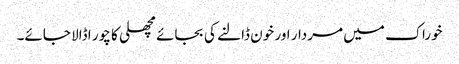
خوراک میں مردار اور خون ڈالنے کی بجائے مچھلی کا چور ا ڈالا جائے۔